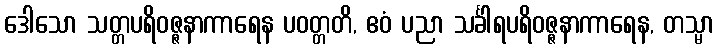
ဒေါသော သတ္တပရိဝဇ္ဇနာကာရေန ပဝတ္တတိ, ဧဝံ ပညာ သင်္ခါရပရိဝဇ္ဇနာကာရေန, တသ္မာ